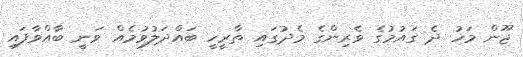
ޖޫން މަހު ދެ ގައުމުގެ ވެރިންގެ މެދުގައި ތާރީހީ ބައްދަލުވުމެއް ވަނީ ބާއްވާފައި